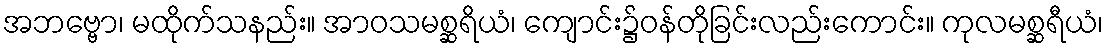
အဘဗ္ဗော၊ မထိုက်သနည်း။ အာဝသမစ္ဆရိယံ၊ ကျောင်း၌ဝန်တိုခြင်းလည်းကောင်း။ ကုလမစ္ဆရီယံ၊